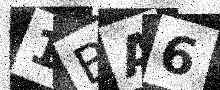
Text: 1BA6